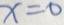
x = 0